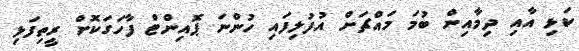
ކަޅި އާއި ދިމާއިން ބުމަ މައްޗަށް އުފުލިފައި ހުންނަ ޕޮއިންޓް ފާހަގަކޮށް ރީތިފަޅި